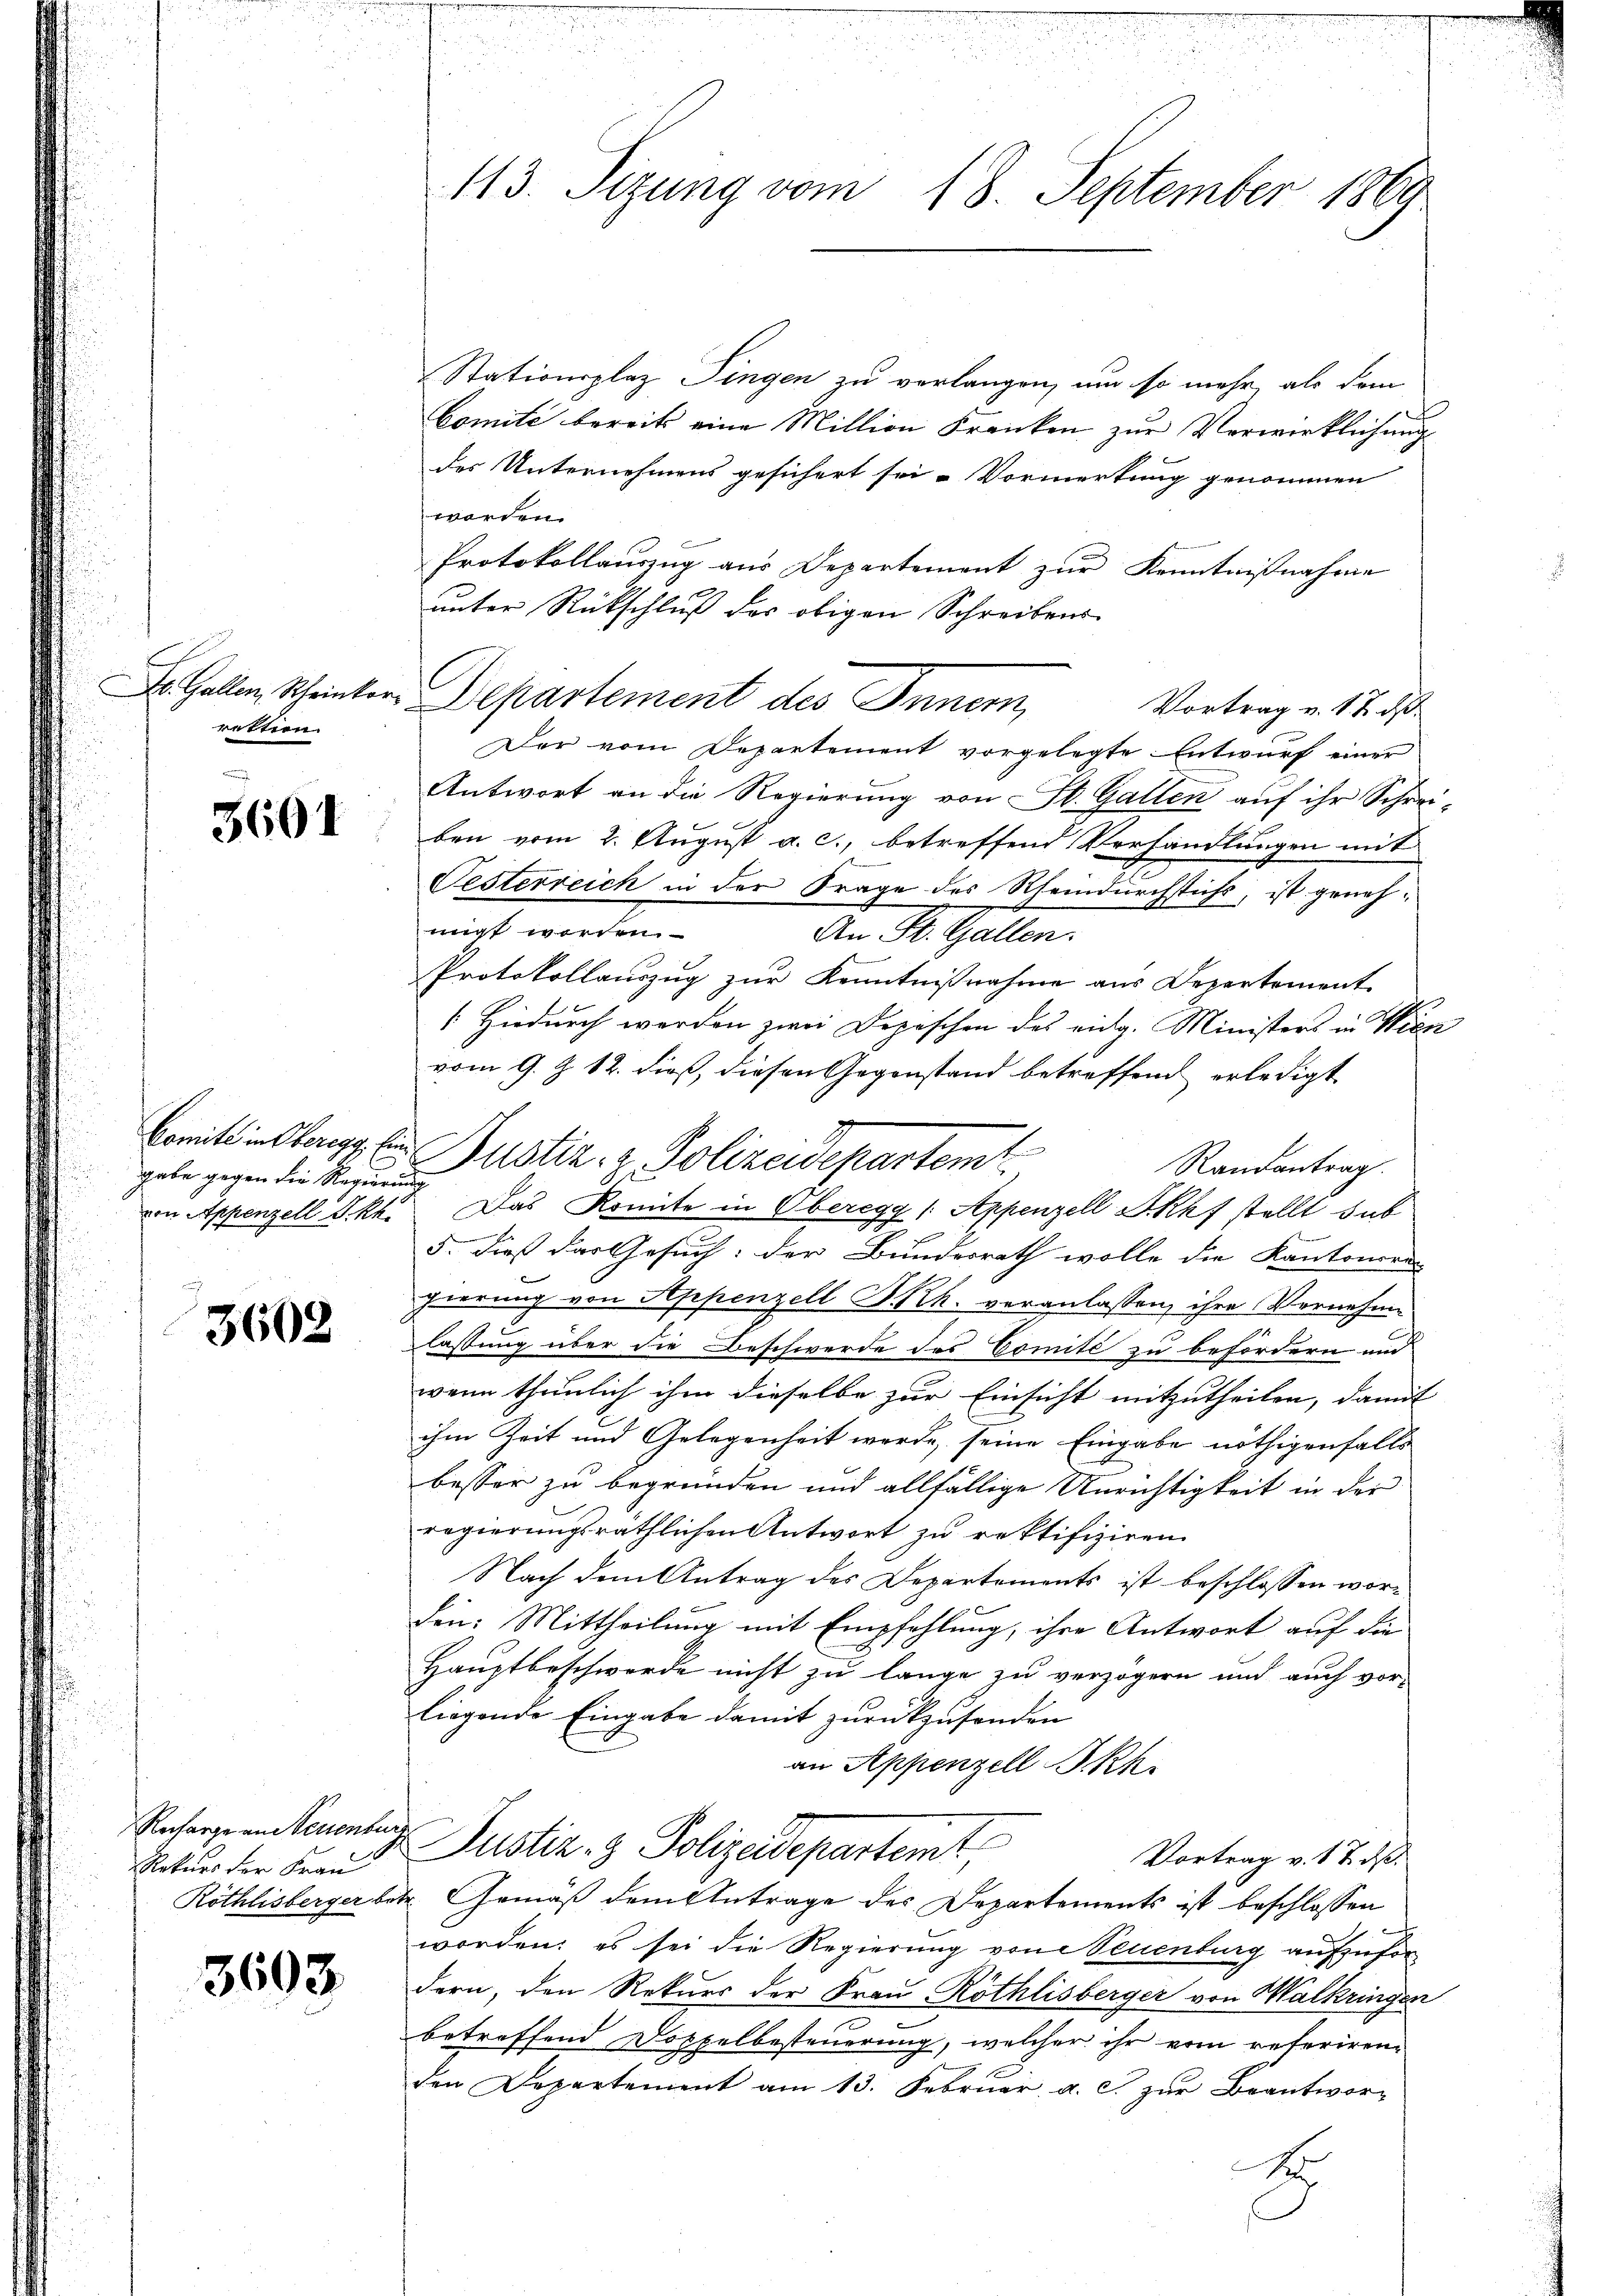
retten.

3601

gabe gegen die Regierung

3602

Recharge an Neuenbur
Rekurs der Frau

3603.

113. Sizung vom 18. September 1869

Stationsplaz Fingen zu verlangen, um so mehr, als dem
Comité bereits eine Million Franken zur Verwirklichung
des Unternehmens gesichert sei. Vormerkung genommen
worden.
Protokollauszug aus Departement zur Kenntnißnahme
unter Rückschluß der obigen Schreibens
Dr. Gallen Scheinter Departement des Innern,
Vortrag u. 17. ds
Der vom Departement vorgelegte Entwurf einer
Antwort an die Regierung von St. Gallen auf ihr Schrei-
ben vom 2. August a. c., betreffend Verhandlungen mit
Oesterreich in der Frage des Rheindurchstichs, ist genehmiigt worden.
An St. Gallen.
Protokollauszug zur Kenntnißnahme aus Departement
[Hiedurch werden zwei Depeschen des eidg. Ministers in Wien
vom 9. Z. 12. dieß, diesen Gegenstand betreffend erledigt
Caritt ins lang in Justiz- & Polizeidepartemt
Randantrag.
n Appenzell Akt. Das Komite in Oberegg (Appenzell Skhf stellt sub
5. Dieß das Gesuch: der Bundesrath wolle die Kantoneren
gierung von Appenzell P.-Rk. veranlassen, ihre Vernehme
lassung über die Beschwerde des Comité zu befördern und
wenn thunlich ihm dieselbe zur Einsicht mitzutheilen, damit
ihm Zeit und Gelegenheit werde, seine Eingabe nöthigenfalls
besser zu begründen und allfällige Unrichtigkeit in der
regierungsräthlichen Antwort zu rektifiziren.
Nach dem Antrag des Departements ist beschlossen worden: Mittheilung mit Empfehlung, ihre Antwort auf die
Hauptbeschwerde nicht zu lange zu verzögern und auch vor-
liegende Eingabe damit zurückzusenden
an Appenzell I.Rh.
Justiz & Polizeidepartemt
Vortrag v. 17. ds.
Röthlisberger betr. Gemäß dem Antrage des Departements ist beschlossen
worden; es sei die Regierung von Neuenburg aufzufor
dern, den Rekurs der Frau Röthlisberger von Walkringen
betreffend Doppelbesteuerung, welcher ihr vom referirenden Departement am 13. Februar, a. c. zur Beantwort

l